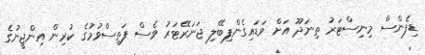
ޑިފެންސް މިނިސްޓަރު ތިނަދޫ އަށް ވަޑައިގެންފިބޭލި ޖަނަރޭޓަރު ވެސް ފަތިސްވުމުގެ ކުރިން އިންޖީނުގެ